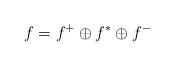
LaTeX: \begin{align*}f = f^+ \oplus f^* \oplus f^-\end{align*}